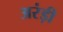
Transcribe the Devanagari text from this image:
अरंड़ी